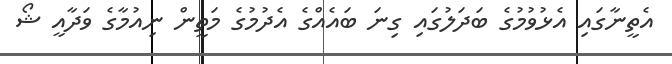
އެތީނާގައި އެޅުވުމުގެ ބަދަލުގައި ގިނަ ބައެއްގެ އެދުމުގެ މަތީން ނިއުމާގެ ވަދާއީ ޝޯ